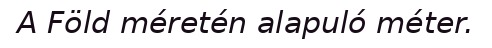
A Föld méretén alapuló méter.